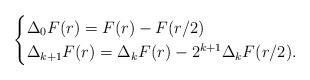
LaTeX: \begin{align*} \begin{cases}\Delta_0 F(r) = F(r) - F(r/2)\\\Delta_{k+1} F(r) = \Delta_k F(r) - 2^{k+1}\Delta_k F(r/2).\end{cases}\end{align*}